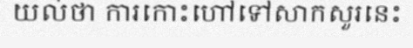
យល់ថា ការកោះហៅទៅសាកសួរនេះ